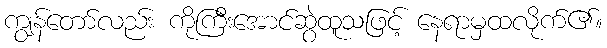
ကျွန်တော်လည်း ကိုကြီးအောင်ဆွဲထူသဖြင့် နေရာမှထလိုက်၏။